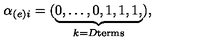
\alpha _ { ( e ) i } = ( \underbrace { 0 , \dots , 0 , 1 , 1 , 1 , } _ { k = D \mathrm { t e r m s } } ) ,